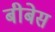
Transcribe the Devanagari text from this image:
बीबेस